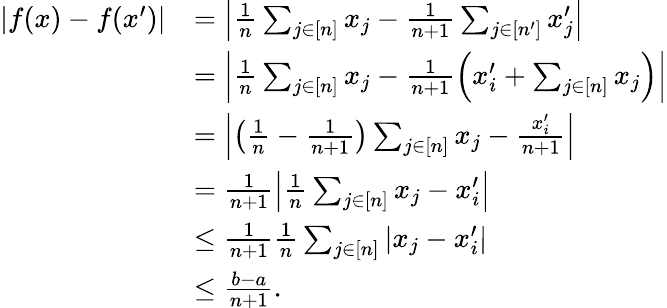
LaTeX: \begin{array}{rl}{\left|f(x)-f(x^{\prime})\right|}&{=\left|\frac{1}{n}\sum_{j\in[n]}x_{j}-\frac{1}{n+1}\sum_{j\in[n^{\prime}]}x_{j}^{\prime}\right|}\\ &{=\left|\frac{1}{n}\sum_{j\in[n]}x_{j}-\frac{1}{n+1}\left(x_{i}^{\prime}+\sum_{j\in[n]}x_{j}\right)\right|}\\ &{=\left|\left(\frac{1}{n}-\frac{1}{n+1}\right)\sum_{j\in[n]}x_{j}-\frac{x_{i}^{\prime}}{n+1}\right|}\\ &{=\frac{1}{n+1}\left|\frac{1}{n}\sum_{j\in[n]}x_{j}-x_{i}^{\prime}\right|}\\ &{\le\frac{1}{n+1}\frac{1}{n}\sum_{j\in[n]}\left|x_{j}-x_{i}^{\prime}\right|}\\ &{\le\frac{b-a}{n+1}.}\end{array}